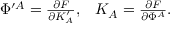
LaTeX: \begin{array} { l l } { { \Phi ^ { \prime A } = { \frac { \partial F } { \partial K _ { A } ^ { \prime } } } , } } & { { K _ { A } = { \frac { \partial F } { \partial \Phi ^ { A } } } . } } \end{array}